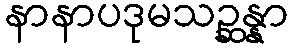
နာနာပဒုမသဉ္ဆန္နာ